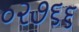
૦૨૭૬૬